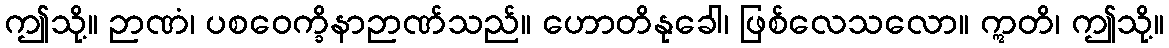
ဤသို့။ ဉာဏံ၊ ပစဝေက္ခိနာဉာဏ်သည်။ ဟောတိနုခေါ၊ ဖြစ်လေသလော။ ဣတိ၊ ဤသို့။